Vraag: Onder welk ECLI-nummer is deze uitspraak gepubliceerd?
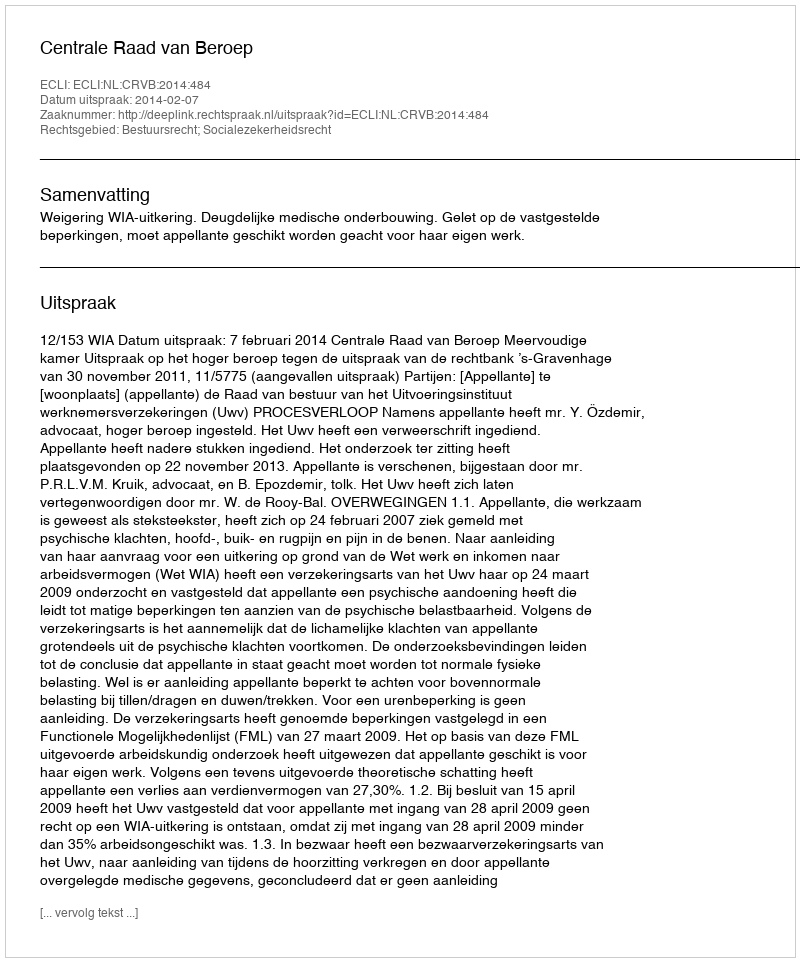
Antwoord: ECLI:NL:CRVB:2014:484